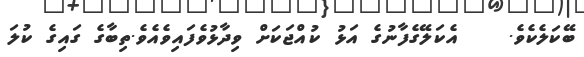
ބޭކަލެކެވެ.    އެކަލޭގެފާނުގެ އަޅު ކުއްޖަކަށް ވިދާޅުވެފައިވެއެވެ.ތިބާގެ ގައިގެ ކުލަ